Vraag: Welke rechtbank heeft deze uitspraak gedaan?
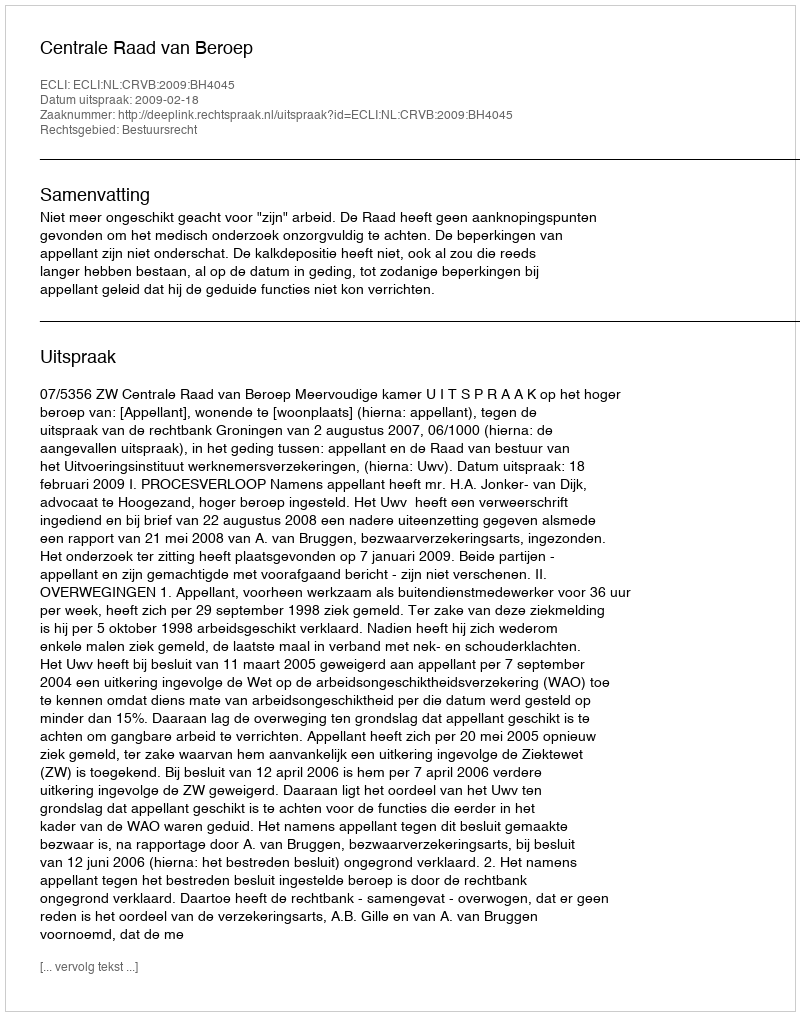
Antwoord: Centrale Raad van Beroep